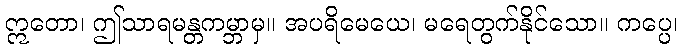
ဣတော၊ ဤသာရမန္တကမ္ဘာမှ။ အပရိမေယေ၊ မရေတွက်နိုင်သော။ ကပ္ပေ၊